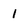
Character: l